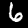
Digit: 6